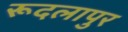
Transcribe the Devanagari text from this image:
रूदलापुर